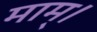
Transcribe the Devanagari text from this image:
माम्।